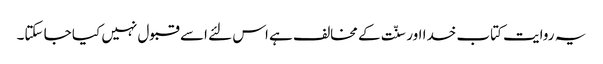
یہ روایت کتاب خدا اور سنّت کے مخالف ہے اس لئے اسے قبول نہیں کیا جا سکتا۔